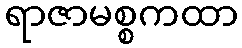
ရာဇာမစ္စကထာ